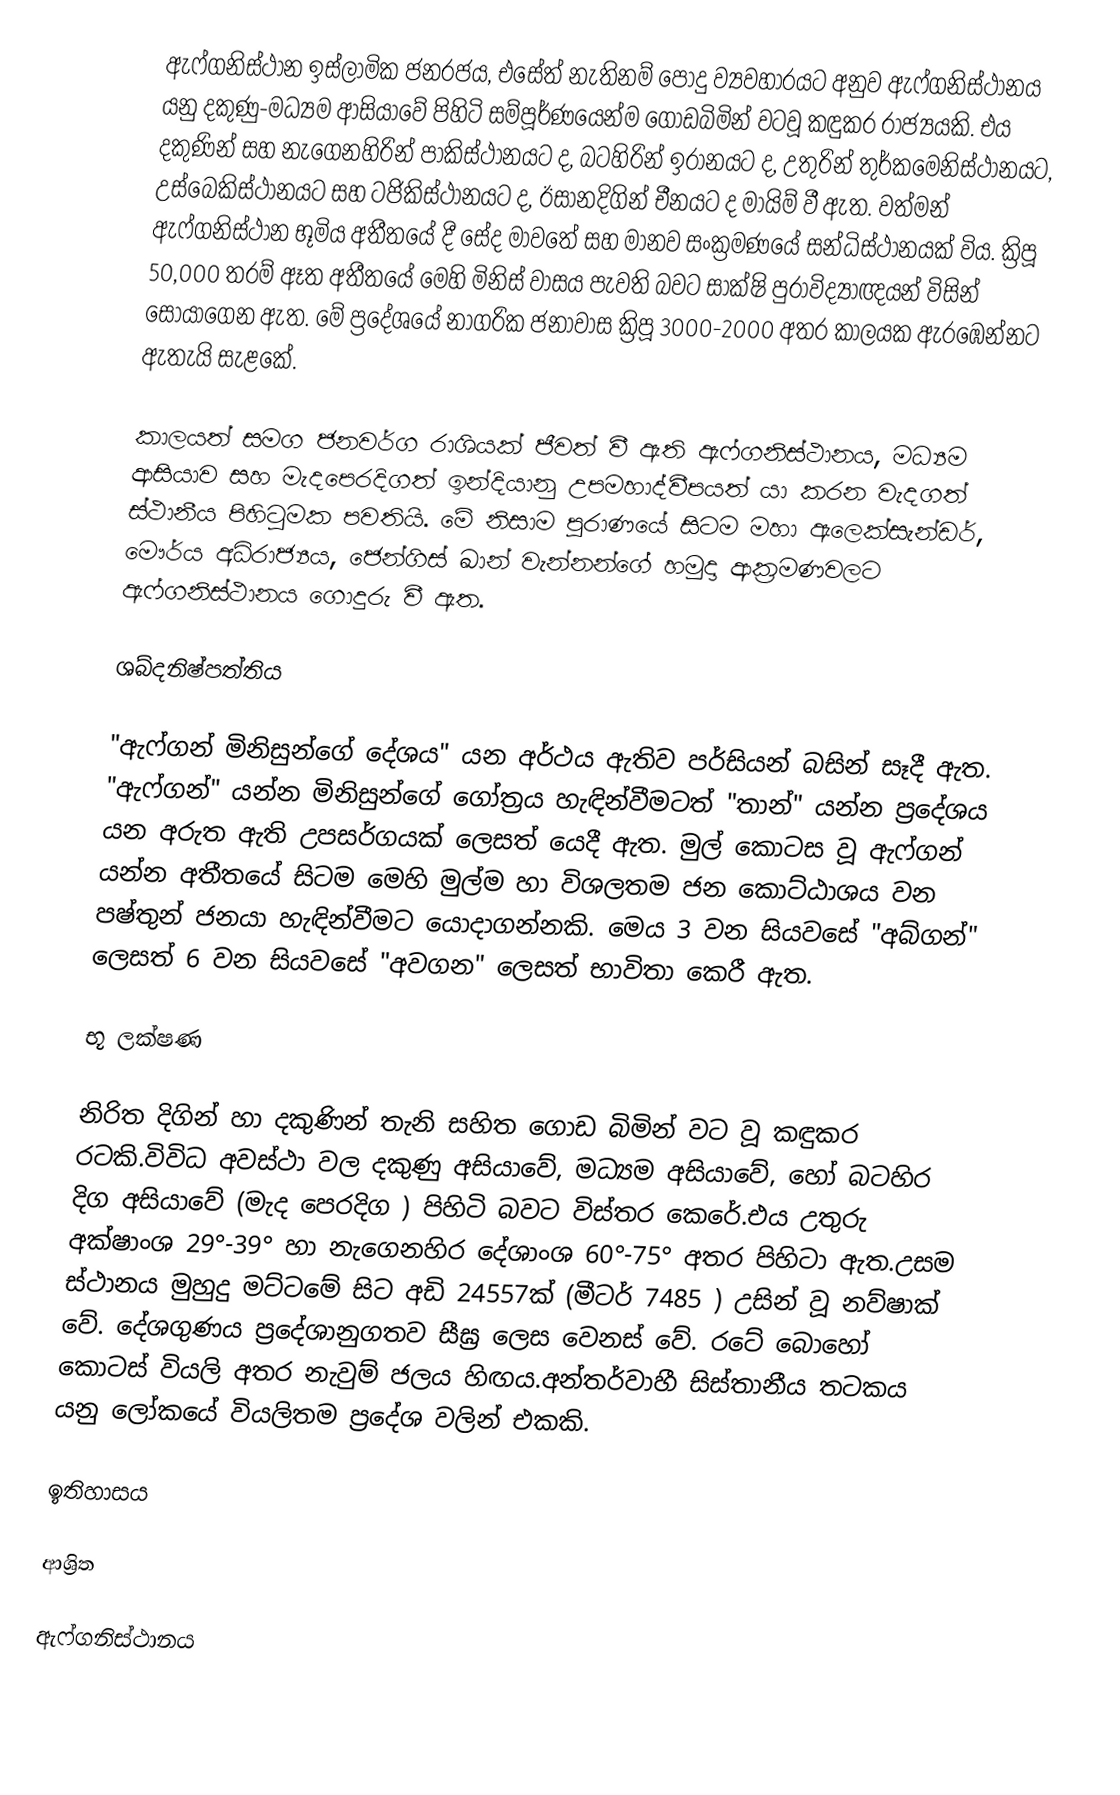
ඇෆ්ගනිස්ථාන ඉස්ලාමික ජනරජය, එසේත් නැතිනම් පොදු ව්‍යවහාරයට අනුව ඇෆ්ගනිස්ථානය යනු දකුණු-මධ්‍යම ආසියාවේ පිහිටි සම්පූර්ණයෙන්ම ගොඩබිමින් වටවූ කඳුකර රාජ්‍යයකි. එය දකුණින් සහ නැගෙනහිරින් පාකිස්ථානයට ද, බටහිරින් ඉරානයට ද, උතුරින් තුර්කමෙනිස්ථානයට, උස්බෙකිස්ථානයට සහ ටජිකිස්ථානයට ද, ඊසානදිගින් චීනයට ද මායිම් වී ඇත. වත්මන් ඇෆ්ගනිස්ථාන භූමිය අතීතයේ දී සේද මාවතේ සහ මානව සංක්‍රමණයේ සන්ධිස්ථානයක් විය. ක්‍රිපූ 50,000 තරම් ඈත අතීතයේ මෙහි මිනිස් වාසය පැවති බවට සාක්ෂි පුරාවිද්‍යාඥයන් විසින් සොයාගෙන ඇත. මේ ප්‍රදේශයේ නාගරික ජනාවාස ක්‍රිපූ 3000-2000 අතර කාලයක ඇරඹෙන්නට ඇතැයි සැළකේ.

කාලයත් සමග ජනවර්ග රාශියක් ජීවත් වී ඇති ඇෆ්ගනිස්ථානය, මධ්‍යම ආසියාව සහ මැදපෙරදිගත් ඉන්දියානු උපමහාද්වීපයත් යා කරන වැදගත් ස්ථානීය පිහිටුමක පවතියි. මේ නිසාම පුරාණයේ සිටම මහා ඇලෙක්සැන්ඩර්, මෞර්ය අධිරාජ්‍යය, ජෙන්ගිස් ඛාන් වැන්නන්ගේ හමුදා ආක්‍රමණවලට ඇෆ්ගනිස්ථානය ගොදුරු වී ඇත.

ශබ්දනිෂ්පත්තිය

"ඇෆ්ගන් මිනිසුන්ගේ දේශය" යන අර්ථය ඇතිව පර්සියන් බසින් සෑදී ඇත. "ඇෆ්ගන්" යන්න මිනිසුන්ගේ ගෝත්‍රය හැඳින්වීමටත් "තාන්" යන්න ප්‍රදේශය යන අරුත ඇති උපසර්ගයක් ලෙසත් යෙදී ඇත. මුල් කොටස වූ ඇෆ්ගන් යන්න අතීතයේ සිටම මෙහි මුල්ම හා විශලතම ජන කොට්ඨාශය වන පෂ්තුන් ජනයා හැඳින්වීමට යොදාගන්නකි. මෙය 3 වන සියවසේ "අබ්ගන්" ලෙසත් 6 වන සියවසේ "අවගන" ලෙසත් භාවිතා කෙරී ඇත.

භූ ලක්ෂණ

නිරිත දිගින් හා දකුණින් තැනි සහිත ගොඩ බිමින් වට වූ කඳුකර රටකි.විවිධ අවස්ථා වල දකුණු අසියාවේ, මධ්‍යම අසියාවේ, හෝ බටහිර දිග අසියාවේ (මැද පෙරදිග ) පිහිටි බවට විස්තර කෙරේ.එය උතුරු අක්ෂාංශ 29°-39° හා නැගෙනහිර දේශාංශ 60°-75° අතර පිහිටා ඇත.උසම ස්ථානය මුහුදු මට්ටමේ සිට අඩි 24557ක් (මීටර් 7485 ) උසින් වූ නව්ෂාක් වේ. දේශගුණය ප්‍රදේශානුගතව සීඝ්‍ර ලෙස වෙනස් වේ. රටේ බොහෝ කොටස් වියලි අතර නැවුම් ජලය හිඟය.අන්තර්වාහී සිස්තානීය තටකය යනු ලෝකයේ වියලිතම ප්‍රදේශ වලින් එකකි.

ඉතිහාසය

ආශ්‍රිත

ඇෆ්ගනිස්ථානය